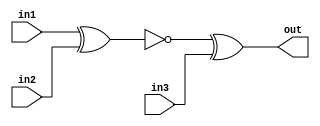
module top_module (
    input in1,
    input in2,
    input in3,
    output out);
    wire out1;
    assign out1 = ~(in1^in2);
    assign out = out1 ^ in3;
endmodule